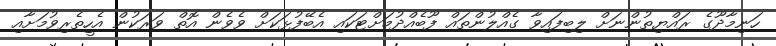
ހަނިމާދޫގެ ރައްޔިތުންނަށް ލިބިފައިވާ ގެއްލުންތައް ފޫބެއްދުމަށްޓަކައި އެބޭފުޅަކަށް ވެވެން އޮތް ވަރަކުން އެހީތެރިވުމަށާއި